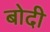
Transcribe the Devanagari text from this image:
बोदी